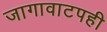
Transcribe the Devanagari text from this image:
जागावाटपही